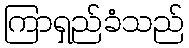
ကြာရှည်ခံသည်